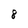
Character: 8